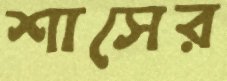
শাসের